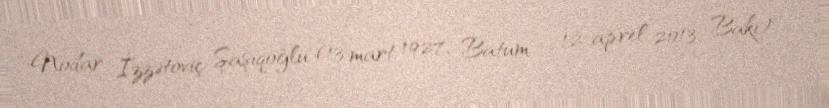
Nodar İzzətoviç Şaşıqoğlu (13 mart 1927, Batum – 12 aprel 2013, Bakı) —